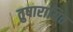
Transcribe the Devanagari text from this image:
तुषारायित